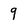
Character: 9